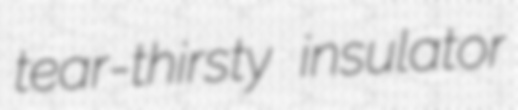
tear-thirsty insulator